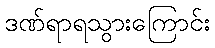
ဒဏ်ရာရသွားကြောင်း